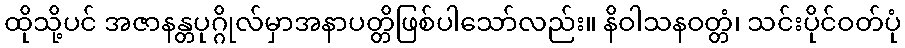
ထိုသို့ပင် အဇာနန္တပုဂ္ဂိုလ်မှာအနာပတ္တိဖြစ်ပါသော်လည်း။ နိဝါသနဝတ္တံ၊ သင်းပိုင်ဝတ်ပုံ